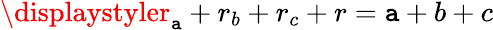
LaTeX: \displaystyler_{\mathtt{a}}+r_{b}+r_{c}+r=\mathtt{a}+b+c